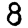
Digit: 8